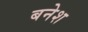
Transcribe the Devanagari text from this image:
बनेश